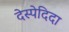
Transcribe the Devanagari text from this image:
देस्पेदिदा